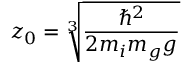
z _ { 0 } = \sqrt [ 3 ] { \frac { \hbar ^ { 2 } } { 2 m _ { i } m _ { g } g } }